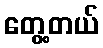
တွေ့တယ်